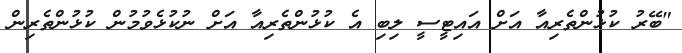
"ބޭރު ކުޅުންތެރިއާ އަށް އައިޓީސީ ލިބި އެ ކުޅުންތެރިއާ އަށް ނުކުޅެވުމުން ކުޅުންތެރިން